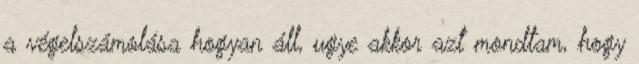
a végelszámolása hogyan áll, ugye akkor azt mondtam, hogy